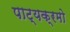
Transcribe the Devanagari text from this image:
पाट्यक्रमो